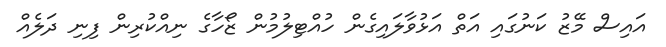
އައިސް މޭޒު ކަނުގައި އަތް އަޅުވާލައިގެން ހުއްޓިލުމުން ޒޯހާގެ ނިއްކުރިން ފިނި ދަލެއް